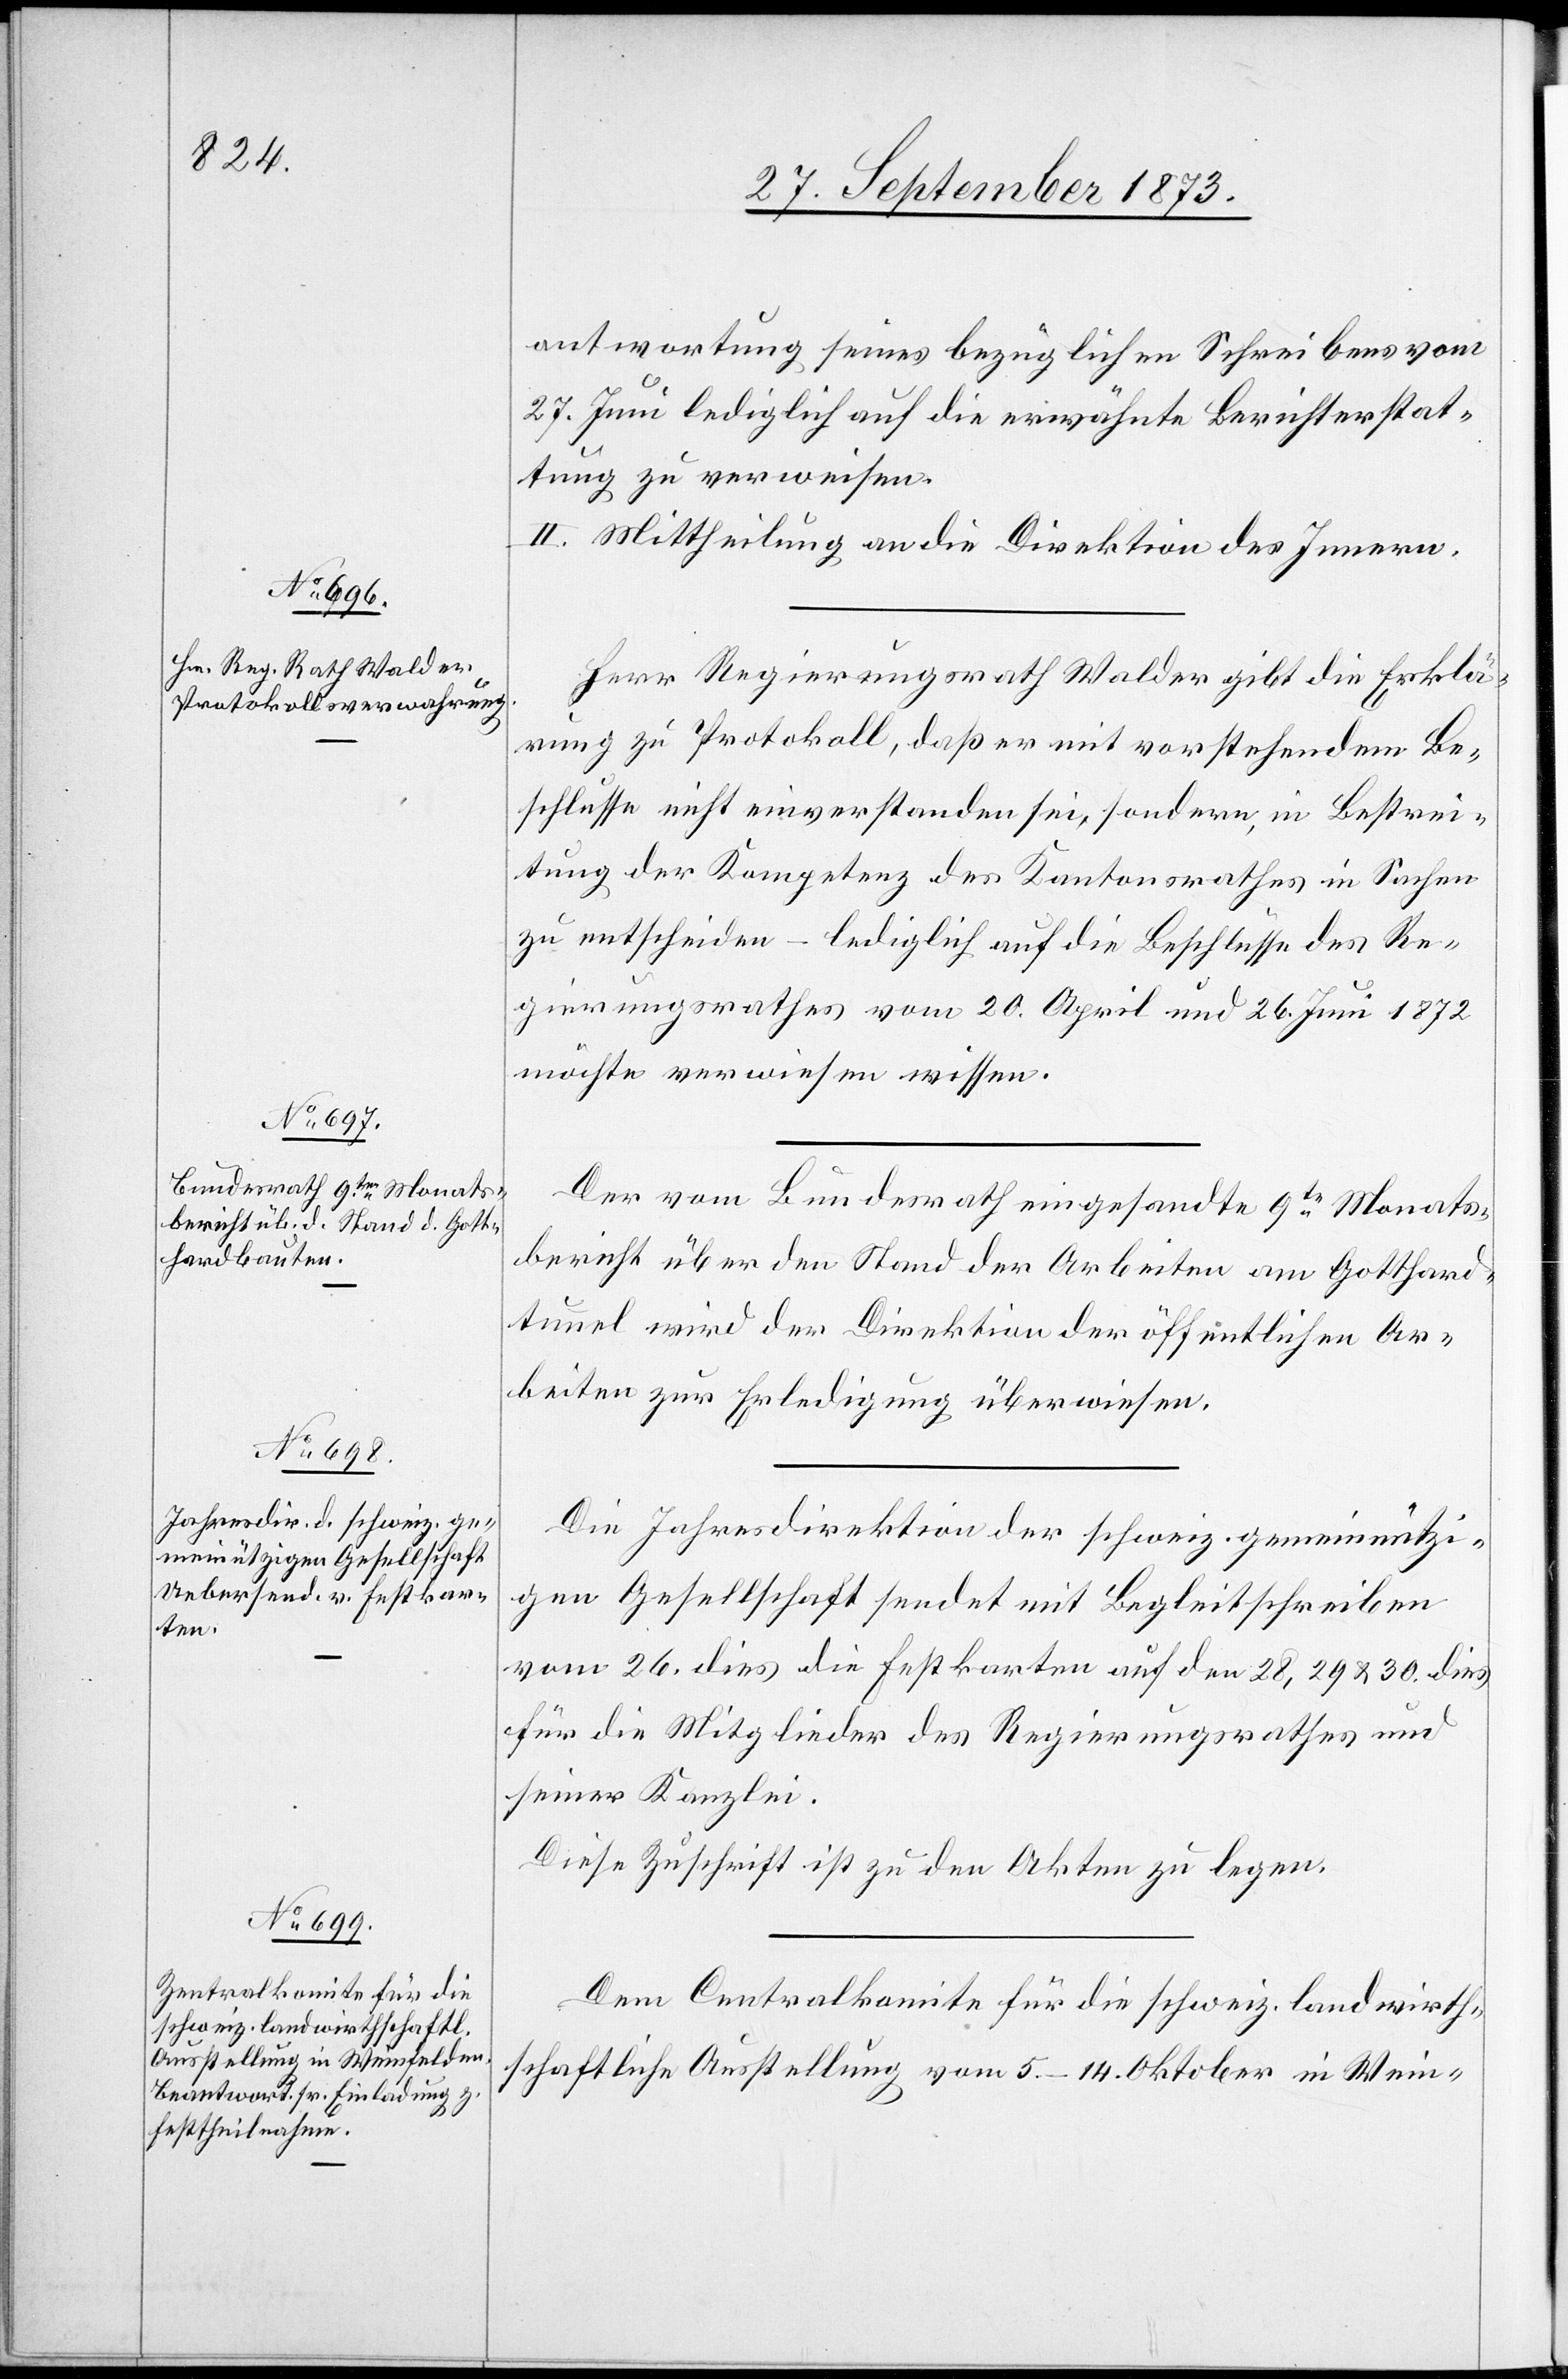
antwortung seines bezüglichen Schreibens vom
27. Juni lediglich auf die erwähnte Berichterstat¬
tung zu verweisen.
II. Mittheilung an die Direktion des Innern.
Herr Regierungsrath Walder gibt die Erklä¬
rung zu Protokoll, daß er mit vorstehendem Be¬
schlusse nicht einverstanden sei, sondern, in Bestrei¬
tung der Kompetenz des Kantonsrathes in Sachen
zu entscheiden – lediglich auf die Beschlüsse des Re¬
gierungsrathes vom 20. April und 26. Juni 1872
möchte verwiesen wissen.
Der vom Bundesrath eingesandte 9te Monats¬
bericht über den Stand der Arbeiten am Gotthard¬
tunnel wird der Direktion der öffentlichen Ar¬
beiten zur Erledigung überwiesen.
Die Jahresdirektion der schweiz. gemeinnützi¬
gen Gesellschaft sendet mit Begleitschreiben
vom 26. dies die Festkarten auf den 28, 29 & 30. dies
für die Mitglieder des Regierungsrathes und
seiner Kanzlei.
Diese Zuschrift ist zu den Akten zu legen.
Dem Centralkomite für die schweiz. landwirth¬
schaftliche Ausstellung vom 5.–14. Oktober in Wein-